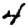
Digit: 4